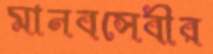
মানবসেবীর